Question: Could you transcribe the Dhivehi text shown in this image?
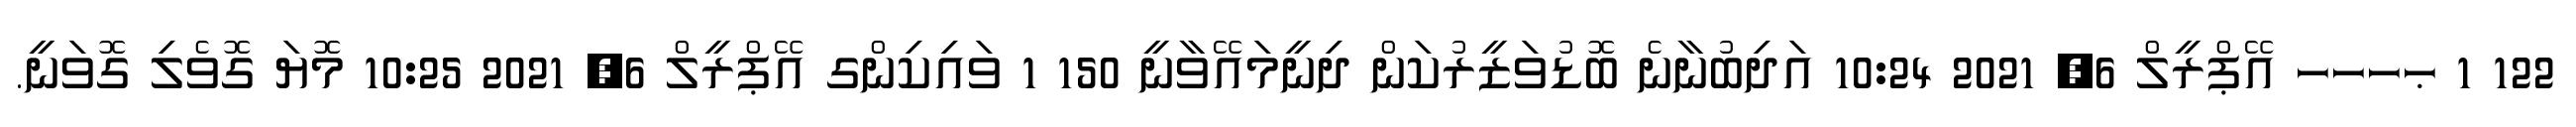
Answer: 122 1 ޙހހހ އޭޕްރީލް 6, 2021 10:24 އަދިބުނާނެ ބޮޑުވަޒީރުކަން ދިނީމައޭވާނީ 150 1 ވައިކިންގ އޭޕްރީލް 6, 2021 10:25 މޮޔަ ގޮވެލި ގޮވަނީ.